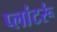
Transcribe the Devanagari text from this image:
प्लांटरूं